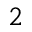
^ 2